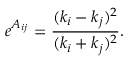
e ^ { A _ { i j } } = { \frac { ( k _ { i } - k _ { j } ) ^ { 2 } } { ( k _ { i } + k _ { j } ) ^ { 2 } } } .